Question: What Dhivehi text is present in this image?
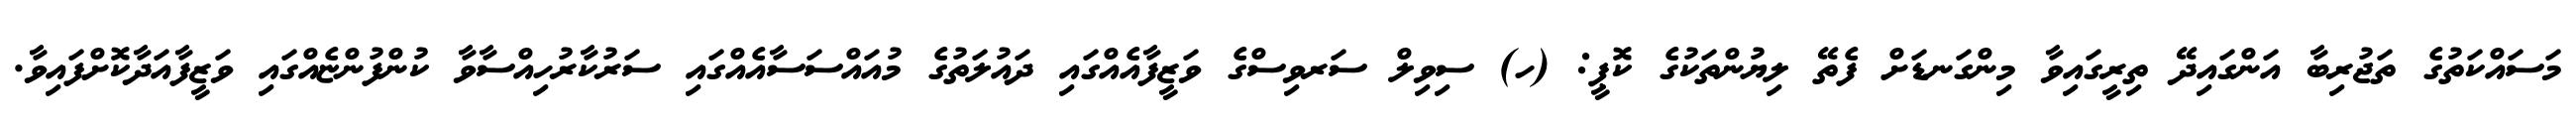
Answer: މަސައްކަތުގެ ތަޖުރިބާ އަންގައިދޭ ތިރީގައިވާ މިންގަނޑަށް ފެތޭ ލިޔުންތަކުގެ ކޮޕީ: (ހ) ސިވިލް ސަރވިސްގެ ވަޒީފާއެއްގައި ދައުލަތުގެ މުއައްސަސާއެއްގައި ސަރުކާރުހިއްސާވާ ކުންފުންޏެއްގައި ވަޒީފާއަދާކޮށްފައިވާ.